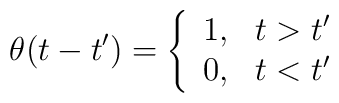
\theta(t-t')=\left\{\begin{array}{ll}1,& t>t'\\0,& t<t'\end{array}\right.